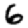
Digit: 6